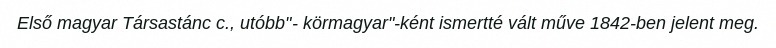
Első magyar Társastánc c., utóbb"- körmagyar"-ként ismertté vált műve 1842-ben jelent meg.